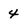
Character: 4